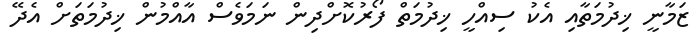
ޒަމާނީ ޚިދުމަތާއި އެކު ސިއްހީ ޚިދުމަތް ފޯރުކޮށްދިން ނަމަވެސް އާއްމުން ޚިދުމަތަށް އެދޭ